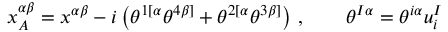
x _ { A } ^ { \alpha \beta } = x ^ { \alpha \beta } - i \left( \theta ^ { 1 [ \alpha } \theta ^ { 4 \beta ] } + \theta ^ { 2 [ \alpha } \theta ^ { 3 \beta ] } \right) \, , \qquad \theta ^ { I \alpha } = \theta ^ { i \alpha } u _ { i } ^ { I }